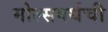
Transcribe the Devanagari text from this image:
मोल्सवर्थची